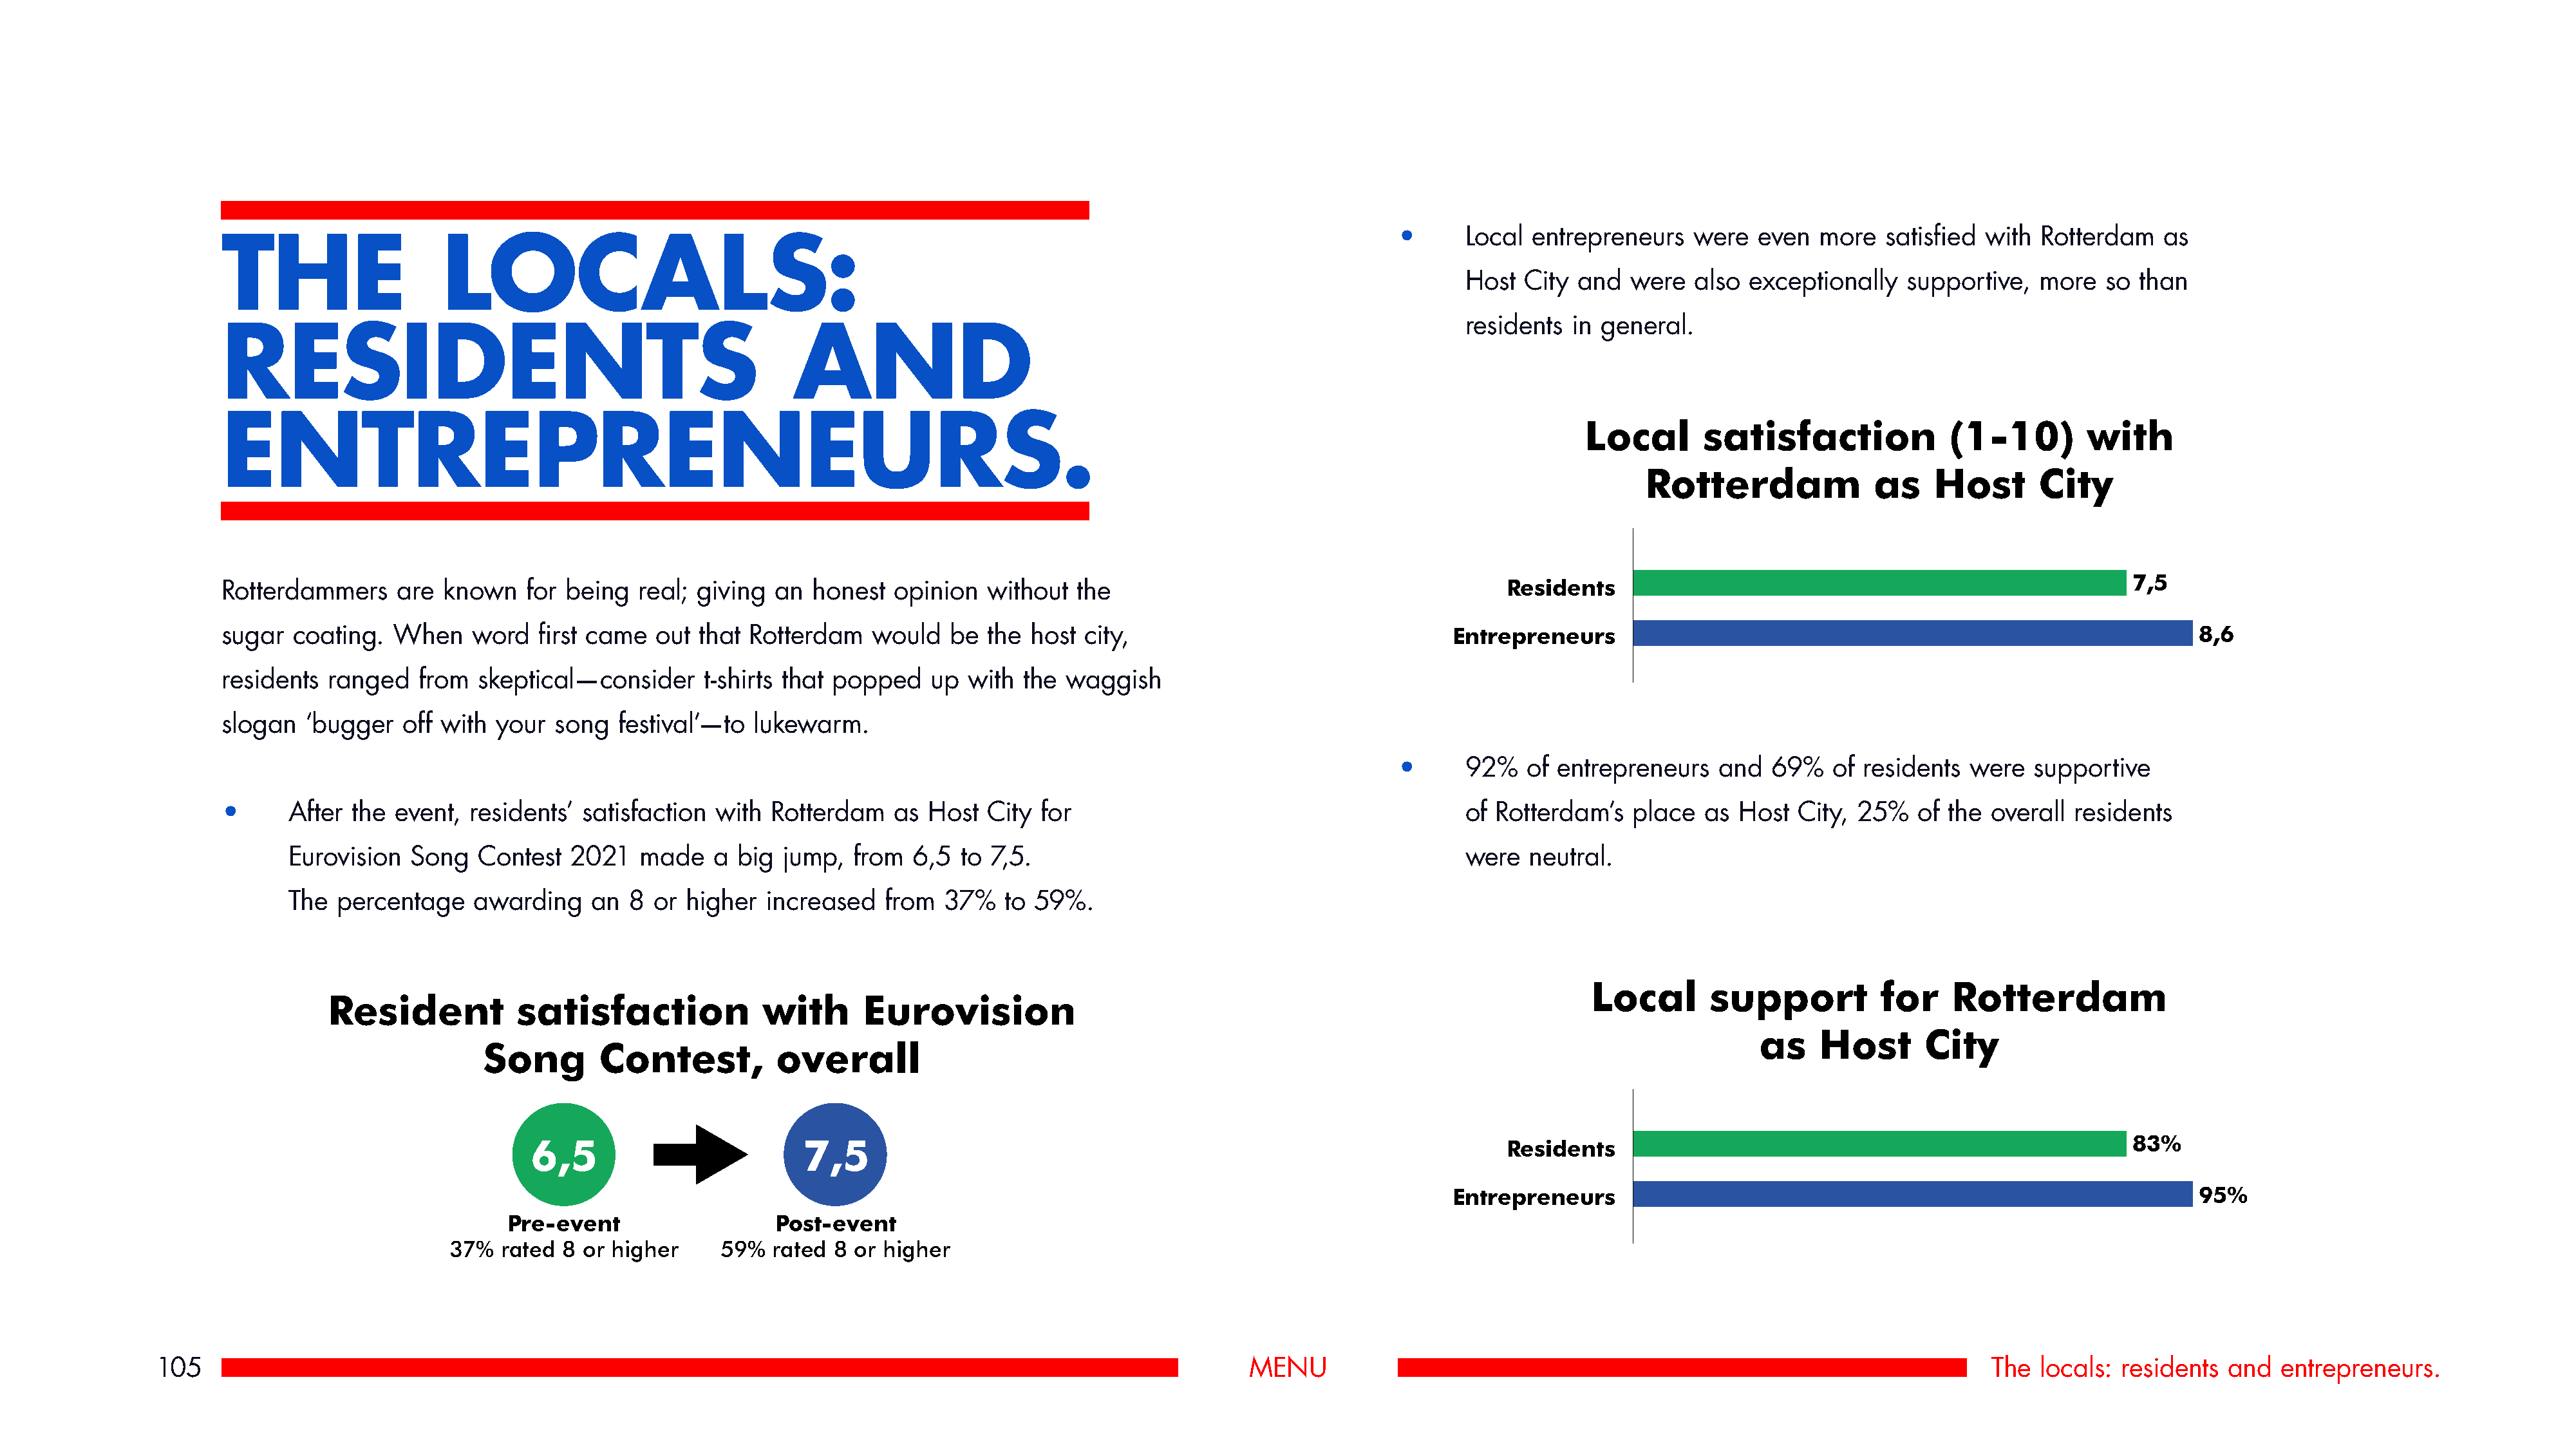
•      Local entrepreneurs    were   even  more   satisfied with  Rotterdam   as
 THE                   LOCALS:
 Host  City and   were  also  exceptionally   supportive,   more  so  than
 residents  in general.
 RESIDENTS                                                  AND
 ENTREPRENEURS.
 Local       satisfaction             (1-10)         with
 Rotterdam               as    Host       City
 7,5
 Rotterdammers     are  known   for being   real; giving  an  honest  opinion   without  the                                         Residents
 sugar  coating.  When     word  first came  out  that Rotterdam    would   be  the host city,                                 Entrepreneurs                                                                8,6
 residents  ranged   from  skeptical—consider     t-shirts that popped    up  with the  waggish
 slogan  ‘bugger   off with  your  song   festival’—to lukewarm.
 •      92%   of entrepreneurs    and  69%   of  residents  were  supportive
 •      After the  event, residents’  satisfaction  with Rotterdam    as Host  City  for                                         of Rotterdam’s   place  as  Host  City, 25%   of the  overall residents
 Eurovision  Song   Contest   2021   made   a  big jump,   from  6,5  to 7,5.                                             were  neutral.
 The  percentage    awarding    an  8 or  higher  increased   from  37%   to 59%.
 Local       support          for     Rotterdam
 Resident           satisfaction             with       Eurovision
 as    Host       City
 Song        Contest,          overall
 83%
 6,5                         7,5                                                                     Residents
 Entrepreneurs                                                                95%
 Pre-event                   Post-event
 37%   rated 8 or higher     59%  rated  8 or higher
 105                                                                                                             MENU                                                                         The  locals: residents  and  entrepreneurs.